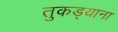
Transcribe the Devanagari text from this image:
तुकड्याना